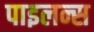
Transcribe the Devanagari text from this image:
पाइलन्स